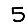
Digit: 5